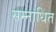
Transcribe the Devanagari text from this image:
सम्नाधित